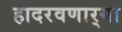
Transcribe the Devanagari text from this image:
हादरवणार्‍या